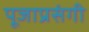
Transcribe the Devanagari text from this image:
पूजाप्रसंगी